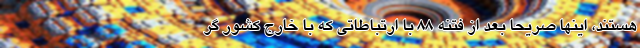
هستند، اینها صریحا بعد از فتنه ۸۸ با ارتباطاتی که با خارج کشور گر